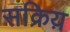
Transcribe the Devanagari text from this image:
सक्रिय़